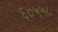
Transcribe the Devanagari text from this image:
६०५५८